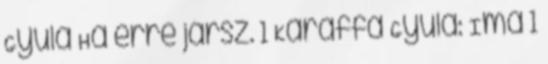
Gyula Ha erre jársz. 1 Karaffa Gyula: Ima 1